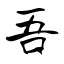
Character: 吾